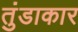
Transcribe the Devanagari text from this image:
तुंडाकार